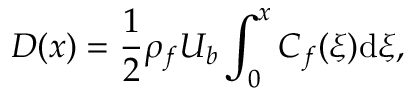
D ( x ) = \frac { 1 } { 2 } \rho _ { f } U _ { b } \int _ { 0 } ^ { x } C _ { f } ( \xi ) \mathrm { d } \xi ,